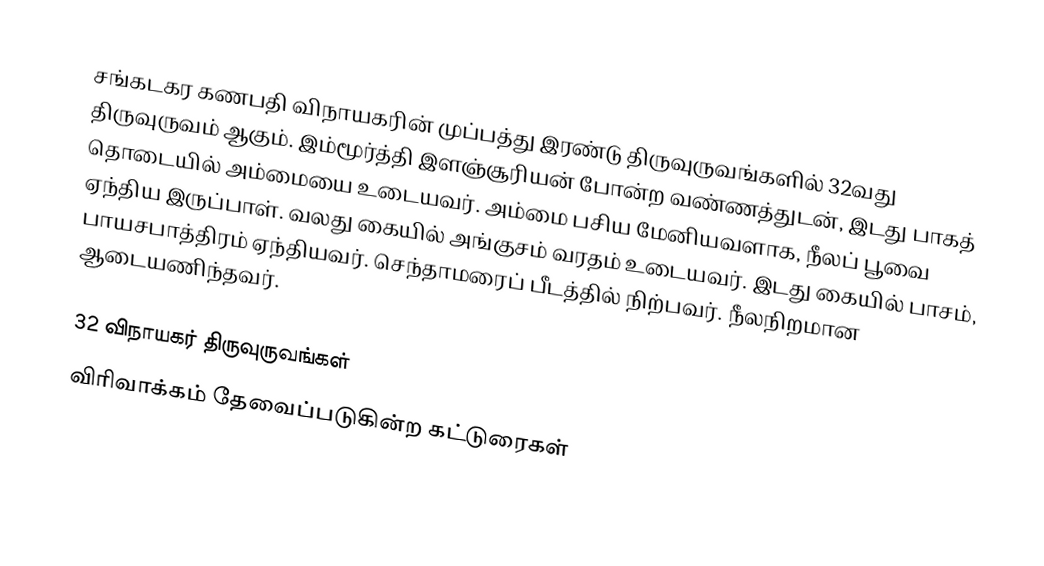
சங்கடகர கணபதி விநாயகரின் முப்பத்து இரண்டு திருவுருவங்களில் 32வது திருவுருவம் ஆகும். இம்மூர்த்தி இளஞ்சூரியன் போன்ற வண்ணத்துடன், இடது பாகத் தொடையில் அம்மையை உடையவர். அம்மை பசிய மேனியவளாக, நீலப் பூவை ஏந்திய இருப்பாள். வலது கையில் அங்குசம் வரதம் உடையவர். இடது கையில் பாசம், பாயசபாத்திரம் ஏந்தியவர். செந்தாமரைப் பீடத்தில் நிற்பவர். நீலநிறமான ஆடையணிந்தவர்.

32 விநாயகர் திருவுருவங்கள்
விரிவாக்கம் தேவைப்படுகின்ற கட்டுரைகள்